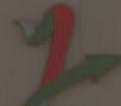
1